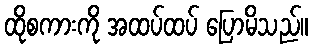
ထိုစကားကို အထပ်ထပ် ပြောမိသည်။